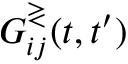
G _ { i j } ^ { \gtrless } ( t , t ^ { \prime } )